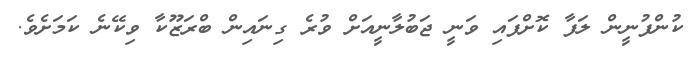
ކުންފުނީން ލަފާ ކޮށްފައި ވަނީ ޖަބުލާނީއަށް ވުރެ ގިނައިން ބްރަޒޫކާ ވިކޭނެ ކަމަށެވެ.